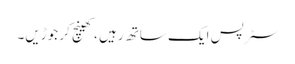
سٹرپس ایک ساتھ رہیں ، کھینچ کر جوڑیں۔